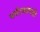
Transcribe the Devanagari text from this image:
पर्यटकांचेही